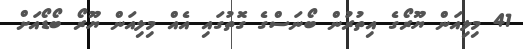
41 މިލިއަން ޔޫރޯގެ އިތުރުން ބޯނަސްގެ ގޮތުގައި އެއް މިލިއަން ޔޫރޯ ބޯޑޯއަށް